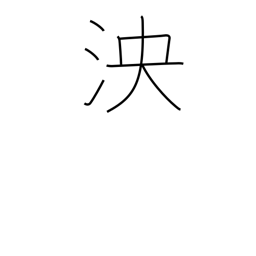
Meaning: deep and broad